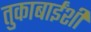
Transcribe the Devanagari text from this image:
तुकाबाईंशी